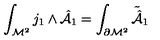
\int _ { { \cal M } ^ { 2 } } j _ { 1 } \wedge { \hat { \cal A } } _ { 1 } = \int _ { \partial { \cal M } ^ { 2 } } { \tilde { \hat { \cal A } } } _ { 1 }